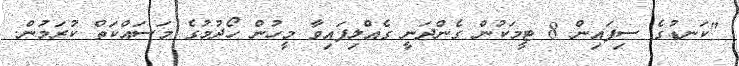
"ކަނޑުގެ ސިފައިން 8 ޓީމަކުން ގެންދަނީ ގެއްލިފައިވާ މީހުން ހޯދުމުގެ މަސައްކަތް ކުރަމުން.